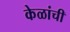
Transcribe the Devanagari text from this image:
केळांची